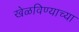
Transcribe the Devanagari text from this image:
खेळविण्याच्या